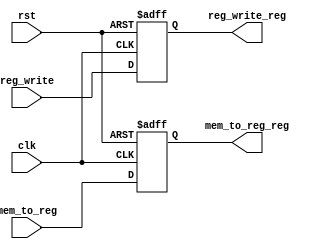
`timescale 1ns / 1ps
//////////////////////////////////////////////////////////////////////////////////
// Company: 
// Engineer: 
// 
// Design Name: 
// Module Name:    latch_wb 
// Project Name: 
// Target Devices: 
// Tool versions: 
// Description: 
//
// Dependencies: 
//
// Revision: 
// Revision 0.01 - File Created
// Additional Comments: 
//
//////////////////////////////////////////////////////////////////////////////////
module latch_wb(
	 input clk,
	 input rst,
    input reg_write,
    input mem_to_reg,
    output reg reg_write_reg,
    output reg mem_to_reg_reg
    );

	 always @(posedge clk or posedge rst) begin
		if (rst == 1)  begin
				reg_write_reg <= 0;
				mem_to_reg_reg <= 0;
		end
		else begin	
				reg_write_reg <= reg_write;
				mem_to_reg_reg <= mem_to_reg;
		end
	 end

endmodule